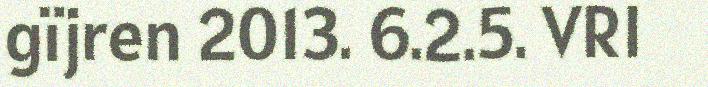
gïjren 2013. 6.2.5. VRI